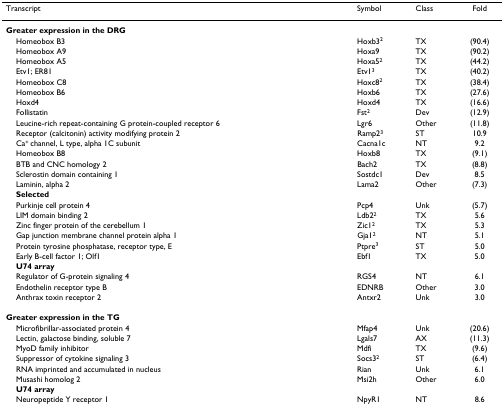
<table><thead><tr><td><b>Transcript</b></td><td><b>Symbol</b></td><td><b>Class</b></td><td><b>Fold</b></td></tr></thead><tbody><tr><td><b>Greater expression in the DRG</b></td><td></td><td></td><td></td></tr><tr><td> Homeobox B3</td><td>Hoxb3<sup>2</sup></td><td>TX</td><td>(90.4)</td></tr><tr><td> Homeobox A9</td><td>Hoxa9</td><td>TX</td><td>(90.2)</td></tr><tr><td> Homeobox A5</td><td>Hoxa5<sup>2</sup></td><td>TX</td><td>(44.2)</td></tr><tr><td> Etv1; ER81</td><td>Etv1<sup>3</sup></td><td>TX</td><td>(40.2)</td></tr><tr><td> Homeobox C8</td><td>Hoxc8<sup>2</sup></td><td>TX</td><td>(38.4)</td></tr><tr><td> Homeobox B6</td><td>Hoxb6</td><td>TX</td><td>(27.6)</td></tr><tr><td> Hoxd4</td><td>Hoxd4</td><td>TX</td><td>(16.6)</td></tr><tr><td> Follistatin</td><td>Fst<sup>2</sup></td><td>Dev</td><td>(12.9)</td></tr><tr><td> Leucine-rich repeat-containing G protein-coupled receptor 6</td><td>Lgr6</td><td>Other</td><td>(11.8)</td></tr><tr><td> Receptor (calcitonin) activity modifying protein 2</td><td>Ramp2<sup>3</sup></td><td>ST</td><td>10.9</td></tr><tr><td> Ca<sup>+ </sup>channel, L type, alpha 1C subunit</td><td>Cacna1c</td><td>NT</td><td>9.2</td></tr><tr><td> Homeobox B8</td><td>Hoxb8</td><td>TX</td><td>(9.1)</td></tr><tr><td> BTB and CNC homology 2</td><td>Bach2</td><td>TX</td><td>(8.8)</td></tr><tr><td> Sclerostin domain containing 1</td><td>Sostdc1</td><td>Dev</td><td>8.5</td></tr><tr><td> Laminin, alpha 2</td><td>Lama2</td><td>Other</td><td>(7.3)</td></tr><tr><td> <b>Selected</b></td><td></td><td></td><td></td></tr><tr><td> Purkinje cell protein 4</td><td>Pcp4</td><td>Unk</td><td>(5.7)</td></tr><tr><td> LIM domain binding 2</td><td>Ldb2<sup>2</sup></td><td>TX</td><td>5.6</td></tr><tr><td> Zinc finger protein of the cerebellum 1</td><td>Zic1<sup>2</sup></td><td>TX</td><td>5.3</td></tr><tr><td> Gap junction membrane channel protein alpha 1</td><td>Gja1<sup>2</sup></td><td>NT</td><td>5.1</td></tr><tr><td> Protein tyrosine phosphatase, receptor type, E</td><td>Ptpre<sup>3</sup></td><td>ST</td><td>5.0</td></tr><tr><td> Early B-cell factor 1; Olf1</td><td>Ebf1</td><td>TX</td><td>5.0</td></tr><tr><td> <b>U74 array</b></td><td></td><td></td><td></td></tr><tr><td> Regulator of G-protein signaling 4</td><td>RGS4</td><td>NT</td><td>6.1</td></tr><tr><td> Endothelin receptor type B</td><td>EDNRB</td><td>Other</td><td>3.0</td></tr><tr><td> Anthrax toxin receptor 2</td><td>Antxr2</td><td>Unk</td><td>3.0</td></tr><tr><td><b>Greater expression in the TG</b></td><td></td><td></td><td></td></tr><tr><td> Microfibrillar-associated protein 4</td><td>Mfap4</td><td>Unk</td><td>(20.6)</td></tr><tr><td> Lectin, galactose binding, soluble 7</td><td>Lgals7</td><td>AX</td><td>(11.3)</td></tr><tr><td> MyoD family inhibitor</td><td>Mdfi</td><td>TX</td><td>(9.6)</td></tr><tr><td> Suppressor of cytokine signaling 3</td><td>Socs3<sup>2</sup></td><td>ST</td><td>(6.4)</td></tr><tr><td> RNA imprinted and accumulated in nucleus</td><td>Rian</td><td>Unk</td><td>6.1</td></tr><tr><td> Musashi homolog 2</td><td>Msi2h</td><td>Other</td><td>6.0</td></tr><tr><td> <b>U74 array</b></td><td></td><td></td><td></td></tr><tr><td> Neuropeptide Y receptor 1</td><td>NpyR1</td><td>NT</td><td>8.6</td></tr></tbody></table>